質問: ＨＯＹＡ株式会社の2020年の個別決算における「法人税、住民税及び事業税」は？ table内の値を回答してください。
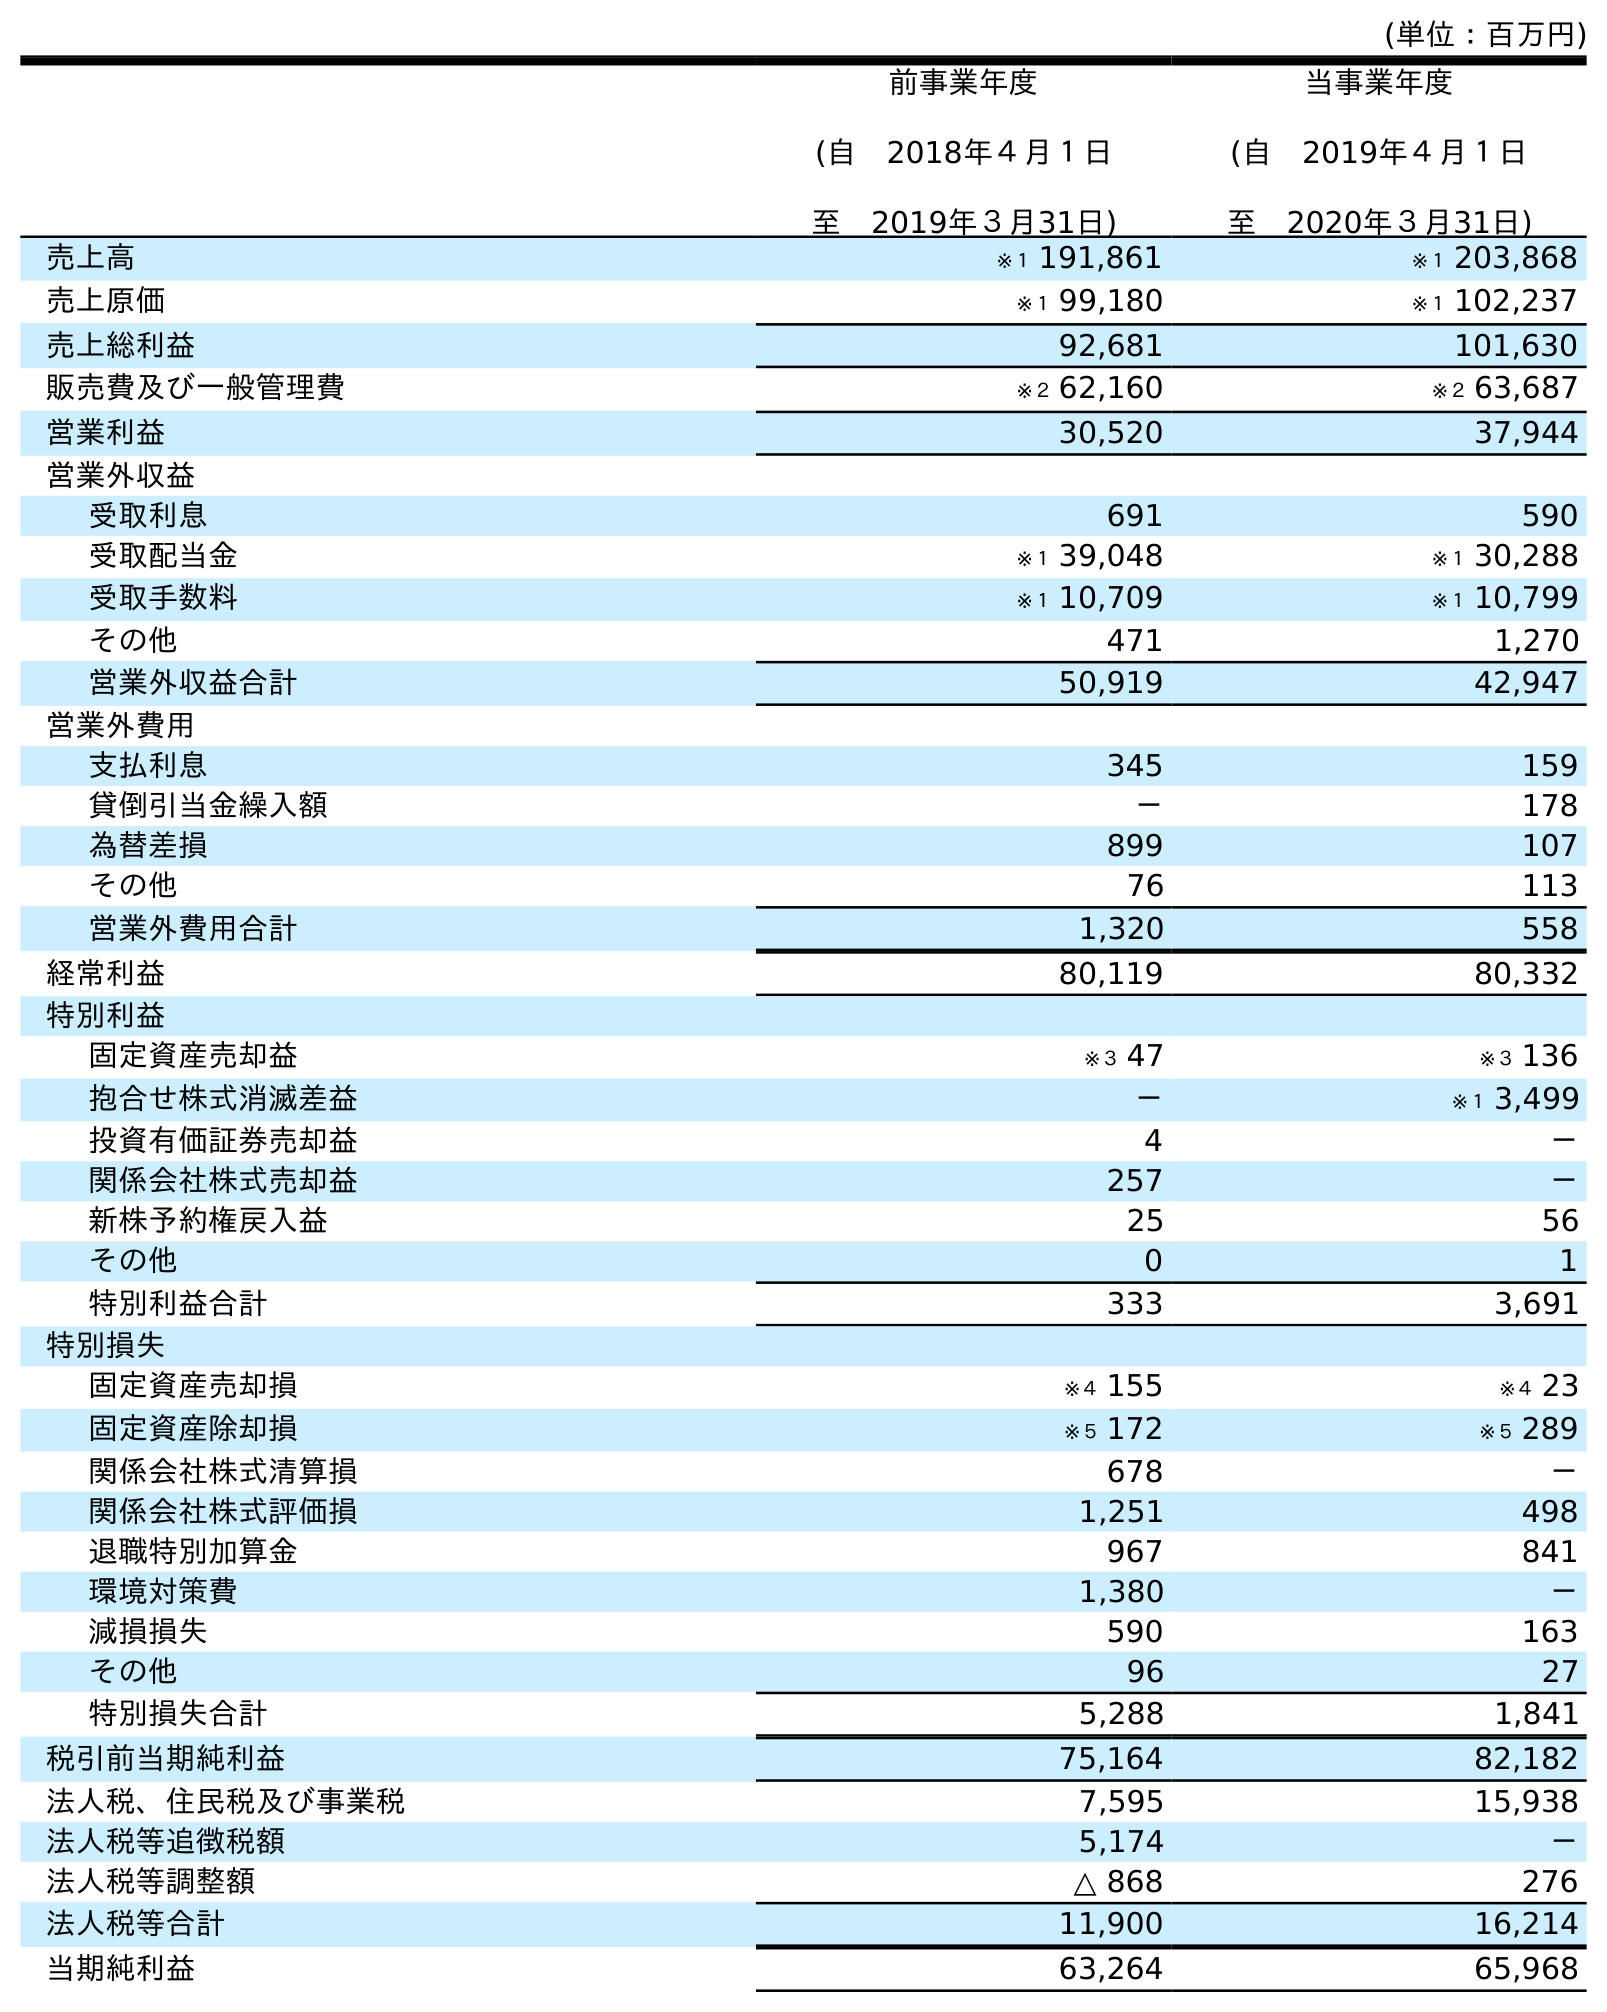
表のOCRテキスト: (単位：百万円) 前事業年度 (自 2018年４月１日 至 2019年３月31日) 当事業年度 (自 2019年４月１日 至 2020年３月31日) 売上高 ※１ 191,861 ※１ 203,868 売上原価 ※１ 99,180 ※１ 102,237 売上総利益 92,681 101,630 販売費及び一般管理費 ※２ 62,160 ※２ 63,687 営業利益 30,520 37,944 営業外収益 受取利息 691 590 受取配当金 ※１ 39,048 ※１ 30,288 受取手数料 ※１ 10,709 ※１ 10,799 その他 471 1,270 営業外収益合計 50,919 42,947 営業外費用 支払利息 345 159 貸倒引当金繰入額 － 178 為替差損 899 107 その他 76 113 営業外費用合計 1,320 558 経常利益 80,119 80,332 特別利益 固定資産売却益 ※３ 47 ※３ 136 抱合せ株式消滅差益 － ※１ 3,499 投資有価証券売却益 4 － 関係会社株式売却益 257 － 新株予約権戻入益 25 56 その他 0 1 特別利益合計 333 3,691 特別損失 固定資産売却損 ※４ 155 ※４ 23 固定資産除却損 ※５ 172 ※５ 289 関係会社株式清算損 678 － 関係会社株式評価損 1,251 498 退職特別加算金 967 841 環境対策費 1,380 － 減損損失 590 163 その他 96 27 特別損失合計 5,288 1,841 税引前当期純利益 75,164 82,182 法人税、住民税及び事業税 7,595 15,938 法人税等追徴税額 5,174 － 法人税等調整額 △ 868 276 法人税等合計 11,900 16,214 当期純利益 63,264 65,968
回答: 15,938